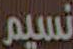
نسيم